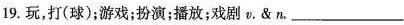
19.玩，打(球)；游戏；扮演；播放；戏剧v.&n.___